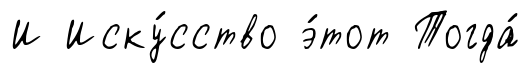
И Иску́сство э́тот Тогда́